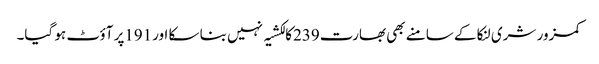
کمزور شری لنکا کے سامنے بھی بھارت239کا لکشیہ نہیں بنا سکا اور191پر آؤٹ ہو گیا۔